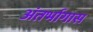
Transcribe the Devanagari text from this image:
अंतर्भागास